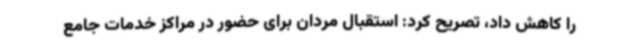
را کاهش داد، تصریح کرد: استقبال مردان برای حضور در مراکز خدمات جامع